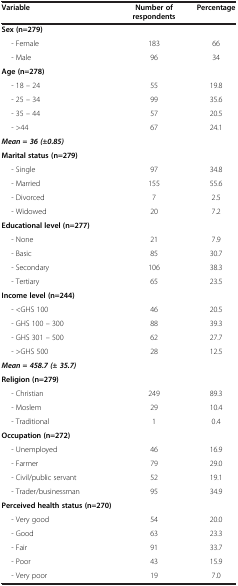
<table><thead><tr><td><b>Variable</b></td><td><b>Number of respondents</b></td><td><b>Percentage</b></td></tr></thead><tbody><tr><td><b>Sex (n=279)</b></td><td> </td><td> </td></tr><tr><td>- Female</td><td>183</td><td>66</td></tr><tr><td>- Male</td><td>96</td><td>34</td></tr><tr><td><b>Age (n=278)</b></td><td> </td><td> </td></tr><tr><td>- 18 – 24</td><td>55</td><td>19.8</td></tr><tr><td>- 25 – 34</td><td>99</td><td>35.6</td></tr><tr><td>- 35 – 44</td><td>57</td><td>20.5</td></tr><tr><td>- &gt;44</td><td>67</td><td>24.1</td></tr><tr><td><b><i>Mean = 36 (±0.85)</i></b></td><td> </td><td> </td></tr><tr><td><b>Marital status (n=279)</b></td><td> </td><td> </td></tr><tr><td>- Single</td><td>97</td><td>34.8</td></tr><tr><td>- Married</td><td>155</td><td>55.6</td></tr><tr><td>- Divorced</td><td>7</td><td>2.5</td></tr><tr><td>- Widowed</td><td>20</td><td>7.2</td></tr><tr><td><b>Educational level (n=277)</b></td><td> </td><td> </td></tr><tr><td>- None</td><td>21</td><td>7.9</td></tr><tr><td>- Basic</td><td>85</td><td>30.7</td></tr><tr><td>- Secondary</td><td>106</td><td>38.3</td></tr><tr><td>- Tertiary</td><td>65</td><td>23.5</td></tr><tr><td><b>Income level (n=244)</b></td><td> </td><td> </td></tr><tr><td>- &lt;GHS 100</td><td>46</td><td>20.5</td></tr><tr><td>- GHS 100 – 300</td><td>88</td><td>39.3</td></tr><tr><td>- GHS 301 – 500</td><td>62</td><td>27.7</td></tr><tr><td>- &gt;GHS 500</td><td>28</td><td>12.5</td></tr><tr><td><b><i>Mean = 458.7 (± 35.7)</i></b></td><td> </td><td> </td></tr><tr><td><b>Religion (n=279)</b></td><td> </td><td> </td></tr><tr><td>- Christian</td><td>249</td><td>89.3</td></tr><tr><td>- Moslem</td><td>29</td><td>10.4</td></tr><tr><td>- Traditional</td><td>1</td><td>0.4</td></tr><tr><td><b>Occupation (n=272)</b></td><td> </td><td> </td></tr><tr><td>- Unemployed</td><td>46</td><td>16.9</td></tr><tr><td>- Farmer</td><td>79</td><td>29.0</td></tr><tr><td>- Civil/public servant</td><td>52</td><td>19.1</td></tr><tr><td>- Trader/businessman</td><td>95</td><td>34.9</td></tr><tr><td><b>Perceived health status (n=270)</b></td><td> </td><td> </td></tr><tr><td>- Very good</td><td>54</td><td>20.0</td></tr><tr><td>- Good</td><td>63</td><td>23.3</td></tr><tr><td>- Fair</td><td>91</td><td>33.7</td></tr><tr><td>- Poor</td><td>43</td><td>15.9</td></tr><tr><td>- Very poor</td><td>19</td><td>7.0</td></tr></tbody></table>